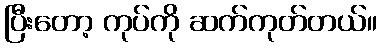
ပြီးတော့ ကုပ်ကို ဆက်ကုတ်တယ်။